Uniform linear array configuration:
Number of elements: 32
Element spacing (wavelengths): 0.75
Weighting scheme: blackman
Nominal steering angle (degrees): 30
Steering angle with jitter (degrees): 28.682
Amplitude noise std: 0.05
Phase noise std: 0.05

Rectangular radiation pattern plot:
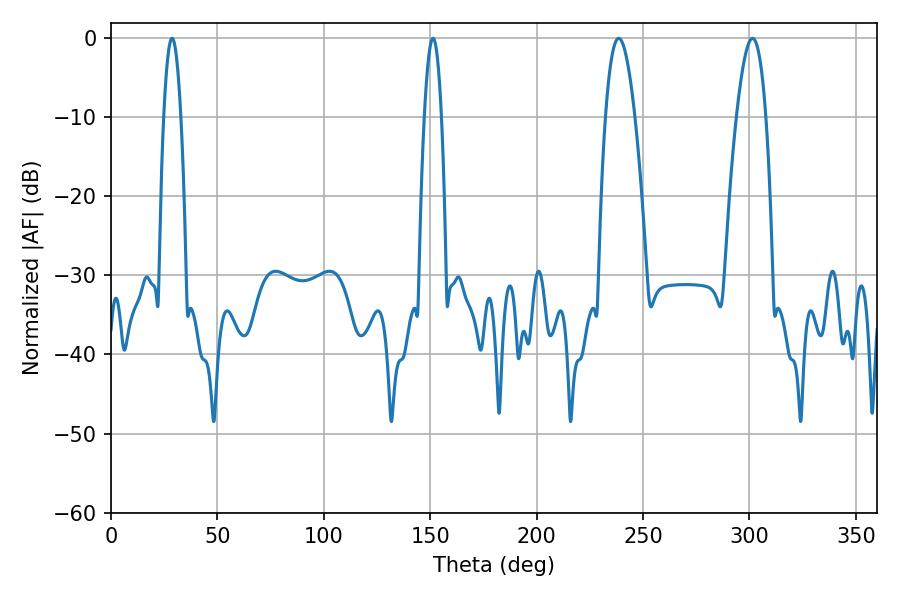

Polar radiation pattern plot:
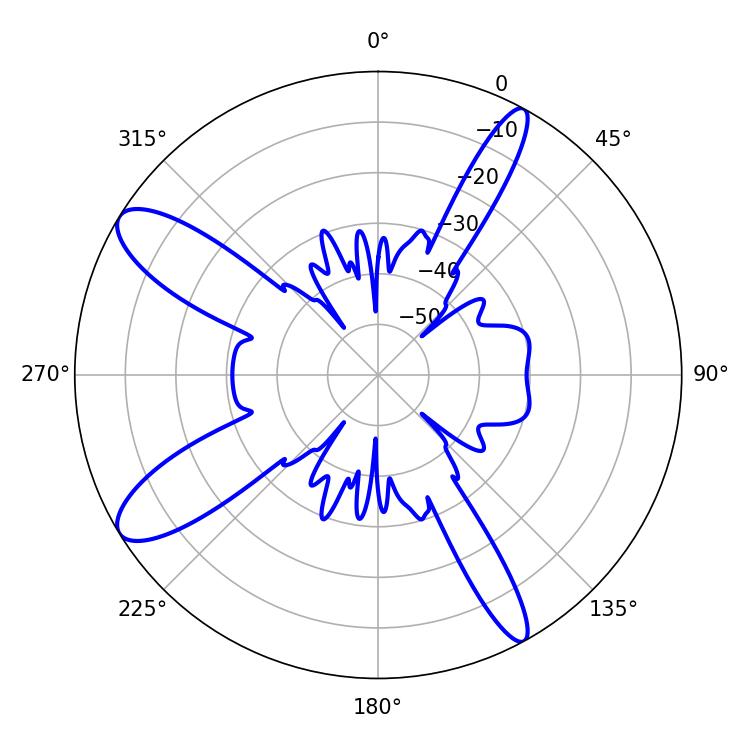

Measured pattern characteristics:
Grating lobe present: TRUE
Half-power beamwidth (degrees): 7.38
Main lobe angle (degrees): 238.5